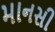
માનસી